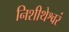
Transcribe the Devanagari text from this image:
निशीथेश्वरं